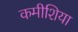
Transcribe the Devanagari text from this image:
कमीशिया